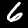
Label: 6